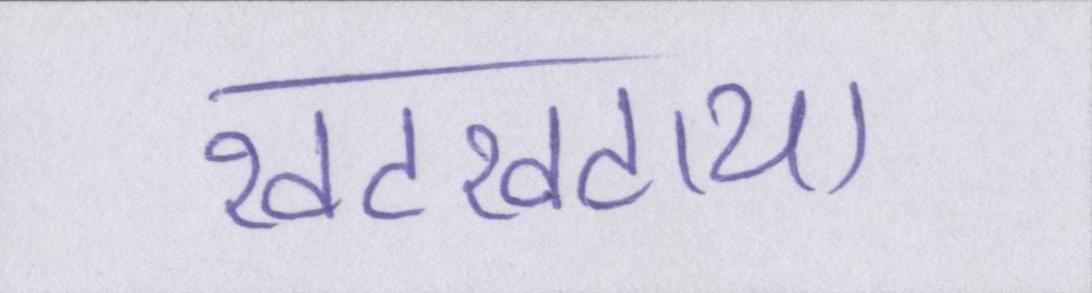
खटखटाया